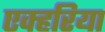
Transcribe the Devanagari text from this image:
एक्हरिया